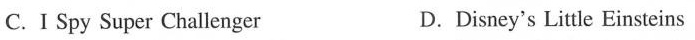
C.Ⅰ Spy Super Challenger D.Disney's Little Einsteins